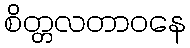
စိတ္တလတာဝနေ